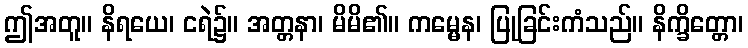
ဤအတူ။ နိရယေ၊ ငရဲ၌။ အတ္တနာ၊ မိမိ၏။ ကမ္မေန၊ ပြုခြင်းကံသည်။ နိက္ခိတ္တော၊